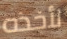
لأخذه